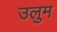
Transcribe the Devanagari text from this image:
उलुम